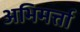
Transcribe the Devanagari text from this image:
अभिमर्त्ता